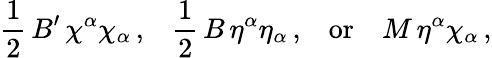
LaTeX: {\frac{1}{2}}\, B^{\prime}\, \chi^{\alpha}\chi_{\alpha}\, {\mathrm{,}}\quad{\frac{1}{2}}\, B\, \eta^{\alpha}\eta_{\alpha}\, {\mathrm{,}}\quad{\mathrm{or}}\quad M\, \eta^{\alpha}\chi_{\alpha}\, {\mathrm{,}}